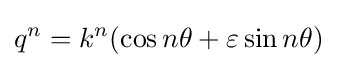
q^{n}=k^{n}(\cos n\theta +\varepsilon \sin n\theta )